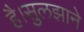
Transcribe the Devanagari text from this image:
है।सुलझाने